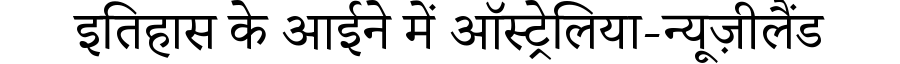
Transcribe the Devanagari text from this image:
इतिहास के आईने में ऑस्ट्रेलिया-न्यूज़ीलैंड